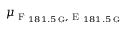
\mu _ { \textrm { F } _ { 1 8 1 . 5 \, \mathrm { G } } , \textrm { E } _ { 1 8 1 . 5 \, \mathrm { G } } }